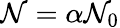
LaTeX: \mathcal{N}=\alpha\mathcal{N}_{0}